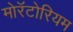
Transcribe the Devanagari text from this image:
मोरॅटोरियम